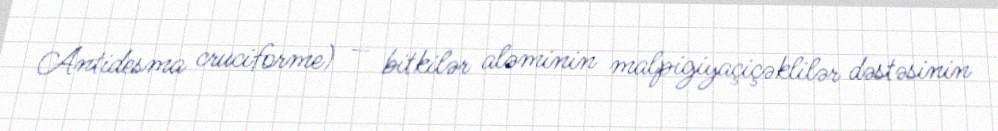
Antidesma cruciforme) — bitkilər aləminin malpigiyaçiçəklilər dəstəsinin